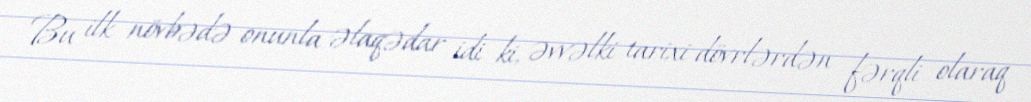
Bu ilk növbədə onunla əlaqədar idi ki, əvvəlki tarixi dövrlərdən fərqli olaraq